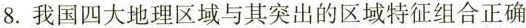
8. 我国四大地理区域与其突出的区域特征组合正确